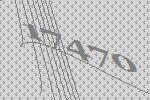
17470